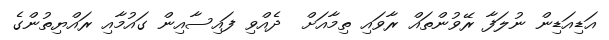
އަޑިއަޑިން ނުލަފާ ރޭވުންތައް ރާވައި ތިމާއަށް  ދެއްވި ފައިސާއިން ގައުމާއި ރައްޔިތުންގެ